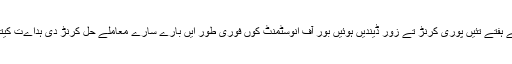
احسن اقبال سارے منصوبیاں کوں اقتصادی زونز دی فیزیبلٹی نومبر دے پہلے ہفتے تئیں پوری کرنڑ تے زور ڈیندیں ہوئیں بور آف انوسٹمنٹ کوں فوری طور ایں بارے سارے معاملے حل کرنڑ دی ہداےت کیتی تانجو انہاں زونز کوں ہکوجیہی طرز تے بنڑاونڑ دی کوشش کیتی ونجے۔